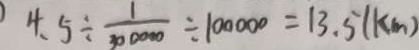
4 . 5 \div \frac { 1 } { 3 0 0 0 0 0 } \div 1 0 0 0 0 0 = 1 3 . 5 ( k m )